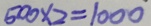
5 0 0 \times 2 = 1 0 0 0